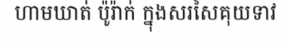
ហាមឃាត់ ប៉ូរ៉ាក់ ក្នុងសរសៃគុយទាវ